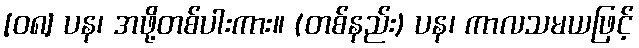
[၀၈] ပန၊ အဖို့တစ်ပါးကား။ (တစ်နည်း) ပန၊ ကာလသမယဖြင့်